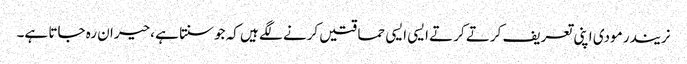
نریندر مودی اپنی تعریف کرتے کرتے ایسی ایسی حماقتیں کرنے لگے ہیں کہ جوسنتا ہے ،حیران رہ جاتا ہے۔